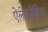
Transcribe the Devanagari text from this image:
ऐलेक्जेंड्रिया